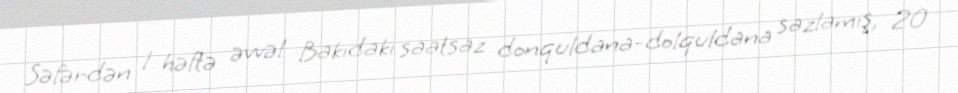
Səfərdən 1 həftə əvvəl Bakıdakı saatsaz donquldana-dolquldana sazlamış, 20